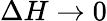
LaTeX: \Delta H\to 0